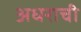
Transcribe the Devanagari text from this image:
अधराची